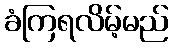
ခံကြရလိမ့်မည်